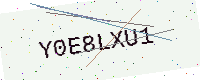
Text: Y0E8LXU1